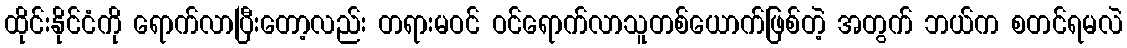
ထိုင်းနိုင်ငံကို ရောက်လာပြီးတော့လည်း တရားမဝင် ဝင်ရောက်လာသူတစ်ယောက်ဖြစ်တဲ့ အတွက် ဘယ်က စတင်ရမလဲ